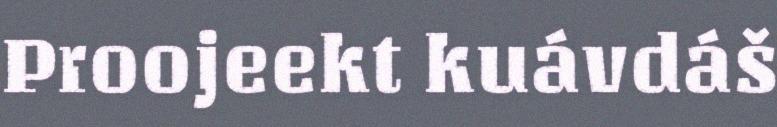
Proojeekt kuávdáš